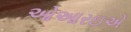
ઓઆરઇએ